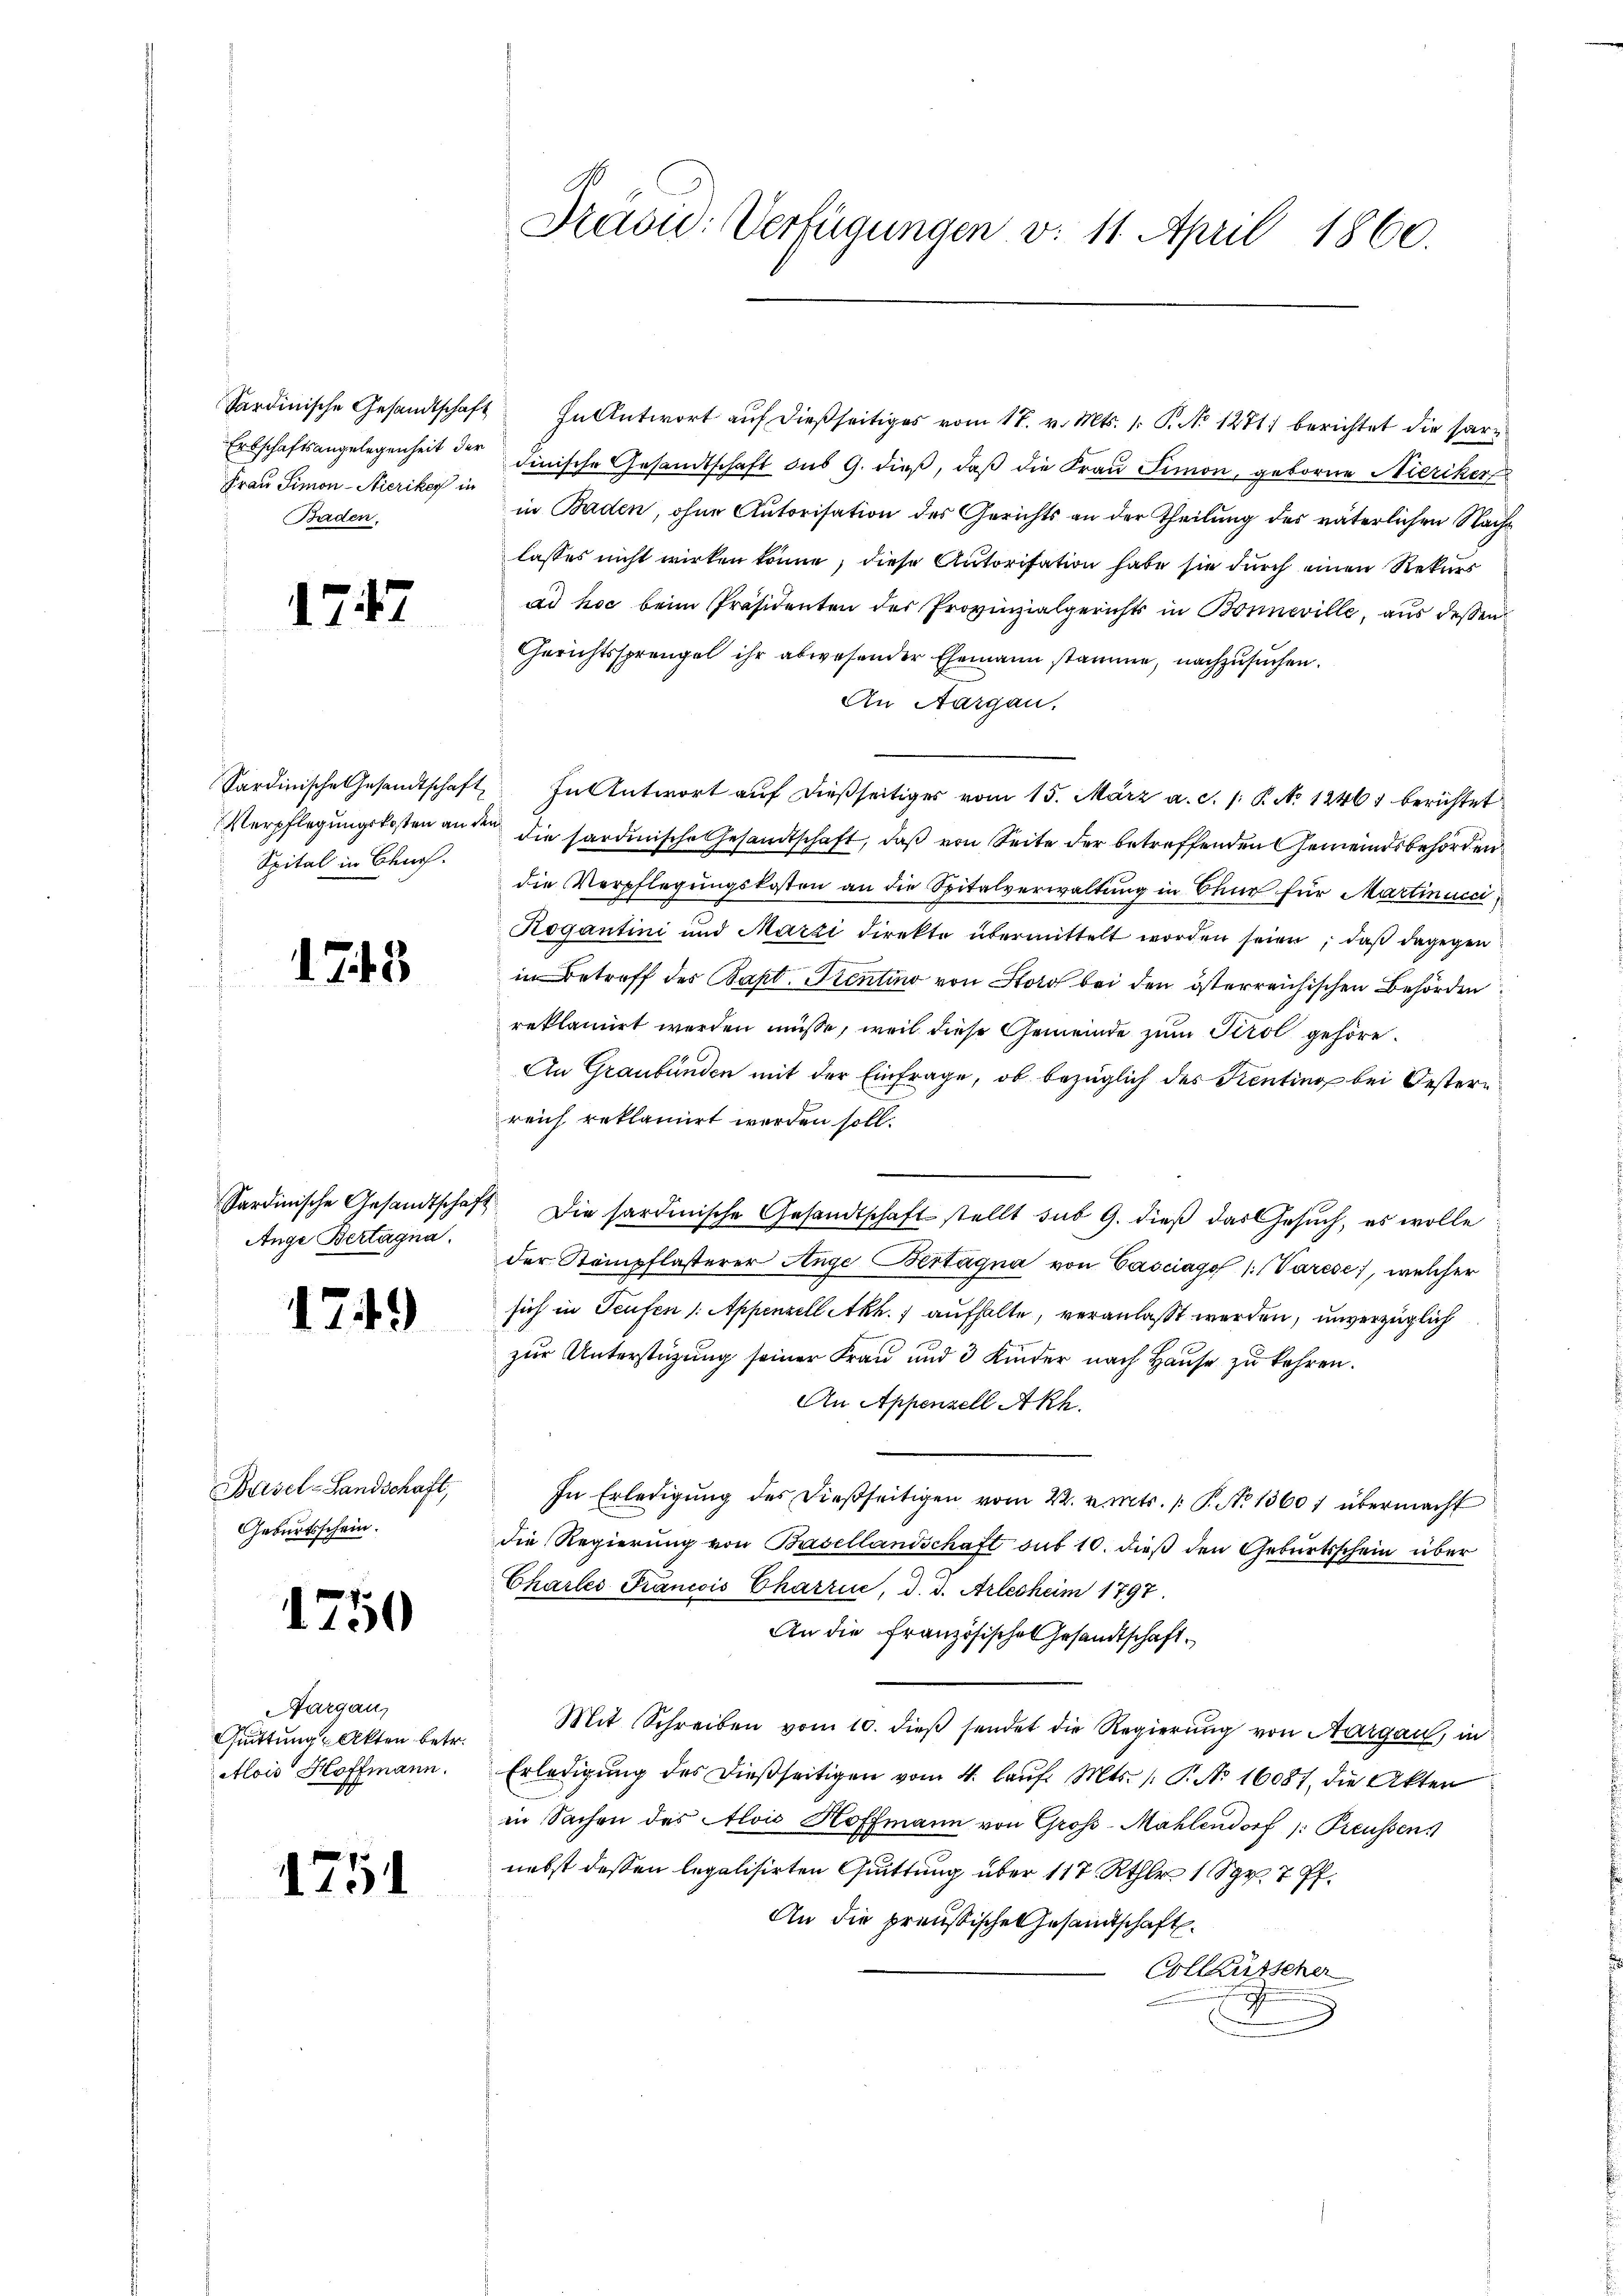
Sardinische Gesandtschaft
Erbschaftsangelegenheit der
Frau Simon-Nieriker in
Baden.

1747

Spital in Churf.

1748

Sardinische Gesandtschaft
Auge Bertagna

1749)

Basel-Landschaft,
Geburtsschein.

1750

Aargau,
Quittung & Akten betr.
Alois Hoffmann.

1751

Präsid: Verfügungen v. 11. April 1860.

In Antwort auf dießseitiges vom 17. v. Mts. 1. P. No 1271) berichtet die saridinische Gesandtschaft des G. dieß, daß die Frau Simon, geborne Nieriker
in Baden, ohne Autorisation des Gerichts an der Theilung des väterlichen Nacht
lasses nicht wirken könne, diese Autorisation habe sie durch einen Rekurr
ad hoc beim Präsidenten des Provinzialgerichts in Bonneville, aus dessen
Gerichtssprengel ihr abwesender Ehemann stamme, nachzusuchen.
An Aargau.
Sardinische Gesandtschaft In Antwort auf dießseitiges vom 15. März a. c. /: P. No 1246) berichtet
Verpflegungskosten an den die sardinische Gesandtschaft, daß von Seite der betreffenden Gemeindsbehörden
die Verpflegungskosten an die Spitalverwaltung in Chur für Martinuici¬
Rogantini und Marzi direkte übermittelt worden seien, daß dagegen
in Betreff des Bapt. Prentino von Stor bei den österreichischen Behörden
reklamirt werden müsse, weil diese Gemeinde zum Tirol gehöre.
An Graubünden mit der Einfrage, ob bezüglich des Kenting bei Oesterreich reklamirt werden soll.
" Die sardinische Gesandtschaft stellt sub 9. dieß das Gesŭch, es wolle
der Steinpflasterer Ange Bertagna von Casciago (Varese, welcher
sich in Teufen /: Appenzell Akh.) aufhalte, veranlaßt werden, unverzüglich
zur Unterstüzung seiner Frau und 3 Kinder nach Hause zu kehren.
An Appenzell Akh.
In Erledigung des dießseitigen vom 22. v. Mts. /: P. No 1360, übermacht
die Regierung von Basellandschaft sub 10. dieß den Geburtsschein über
Chartes Francois Charrii, d. d. Arlesheim 1797.
An die französische Gesandtschaft.
Mit Schreiben vom 10. dieß sendet die Regierung von Aargau, in
Erledigung des dießseitigen vom 4. laŭf. Mts. (T. No. 16087, die Akten
in Sachen des Alois Hoffmann von Groß-Mahlendorf /: Preussens
nebst dessen legalisirten Quittung über 117. Rthlr 1 Sgr. 7 ff.
An die preußische Gesamtschaft.
Collausscher